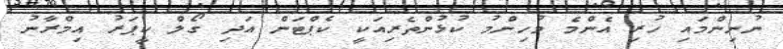
ނުނިންމައި ހުރި އެންމެ މުހިންމު ކުޅުންތެރިއަކީ ކެޕްޓަން އަދި ގޯލް ކީޕަރު އިމްރާނު